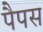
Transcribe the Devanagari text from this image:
पैपस